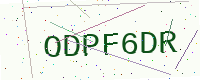
Text: ODPF6DR